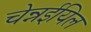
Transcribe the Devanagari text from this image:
चेन्नईयिल